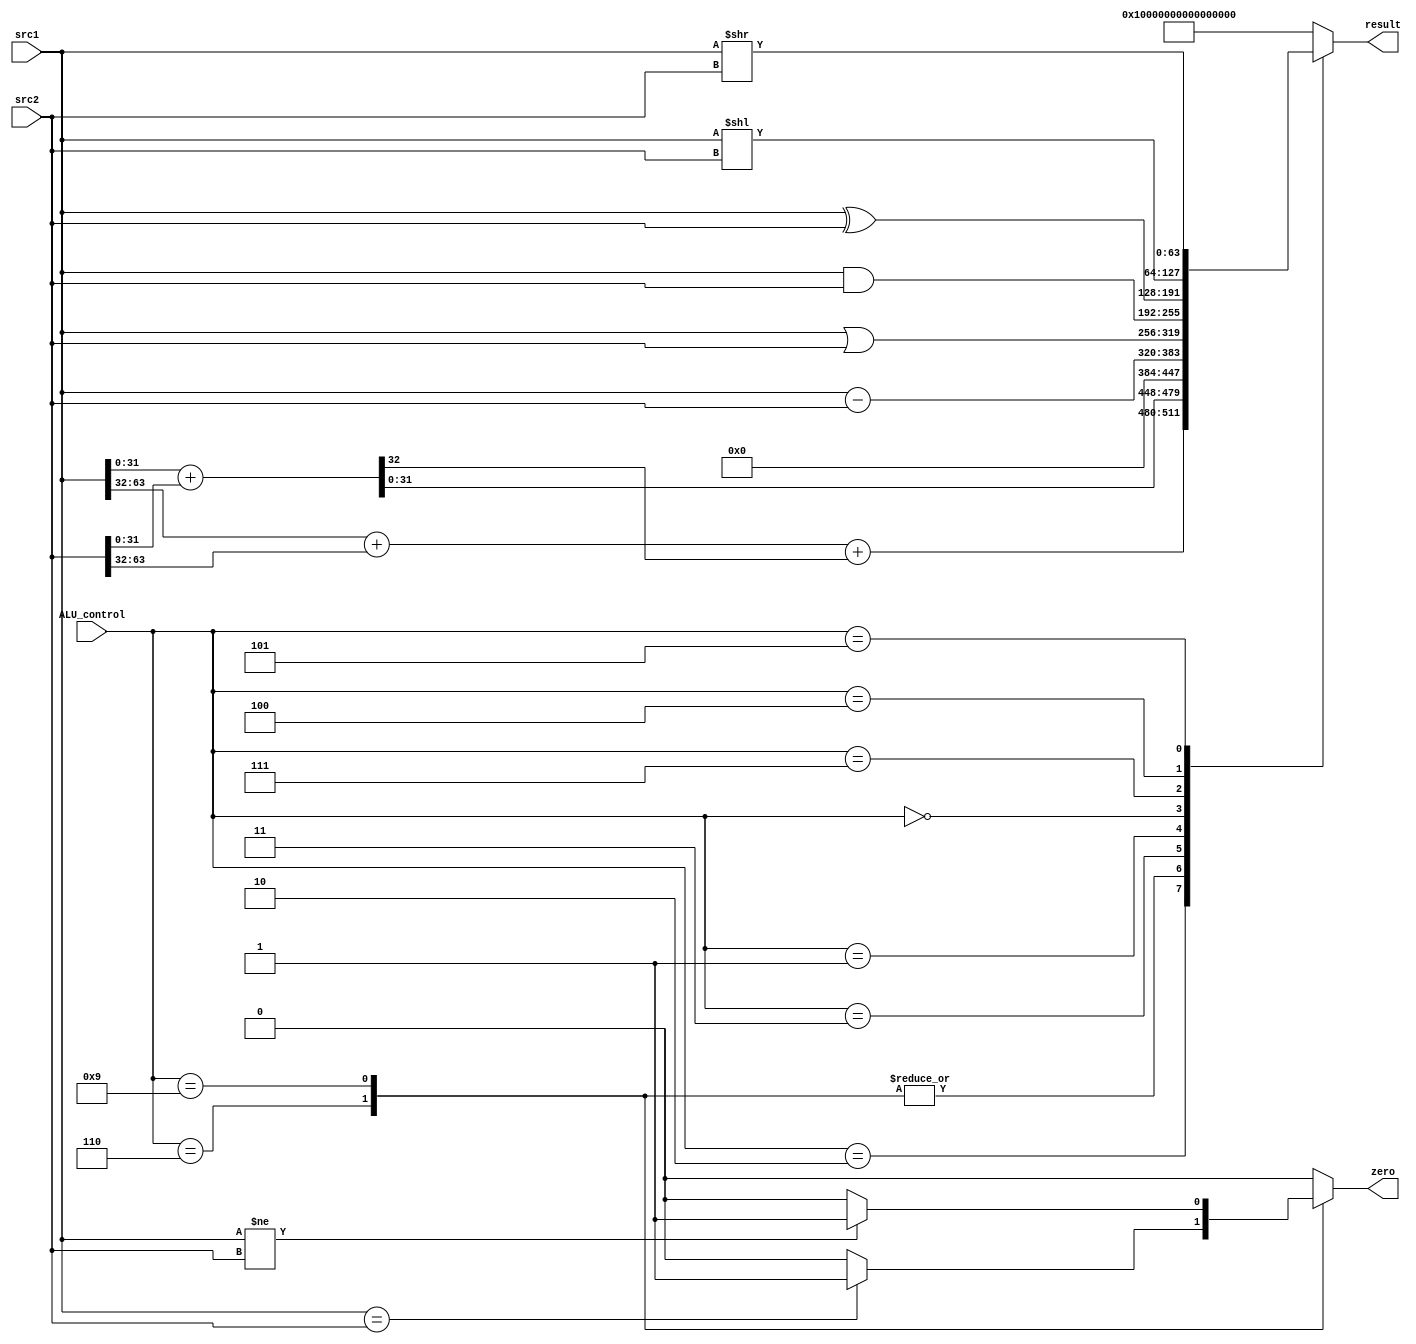
`timescale 1ns/1ps

module ALU #(
    parameter ADDR_W = 64,
    parameter DATA_W = 64
)(
       src1,          
       src2,      
       ALU_control,  
       result,               
       zero
);

input   [DATA_W-1:0]    src1;
input   [DATA_W-1:0]    src2;
input   [4-1:0]         ALU_control;

output reg [DATA_W-1:0]    result;
output reg                 zero;

//reg     [DATA_W-1:0]    result;
//reg                     zero;
reg [DATA_W/2:0] tmp_a, tmp_b;

always@(*) begin
    zero = 0;
    case(ALU_control) 
        4'b0010: begin
            /*	LD & ADDI& ADD	*/
            tmp_a = src1[DATA_W/2-1:0] + src2[DATA_W/2-1:0];
            tmp_b = src1[DATA_W-1:DATA_W/2] + src2[DATA_W-1:DATA_W/2] + tmp_a[DATA_W/2];
            result = {tmp_b[DATA_W/2-1:0], tmp_a[DATA_W/2-1:0]};
            //result = src1 + src2;
        end
        4'b0110: begin
            /*	BEQ	*/
            result = 64'b0;
            zero   = (src1==src2)? 1:0;
        end
        4'b1001: begin
            /*	BNE	*/
            result = 64'b0;
            zero   = (src1!=src2)? 1:0;
        end
        4'b0011: begin
            /*	SUB	*/
            result = src1 - src2;
        end
        4'b0001: begin
            /*	OR & ORI */
            result = src1 | src2;
        end
        4'b0000: begin
            /*	AND	& ANDI*/
            result = src1 & src2;
        end
        4'b0111: begin
            /*	XOR	& XORI*/
            result = src1 ^ src2;
        end
        4'b0100: begin
            /*	SLLI	*/
            result = src1 << src2;
        end
        4'b0101: begin
            /*	SRLI	*/
            result = src1 >> src2;
        end
        default:
            /*	DO NOT TOUCH HERE	*/
            result = 64'hffffffffffffffff; 
    endcase
end

endmodule